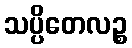
သပ္ပိတေလဉ္စ